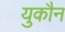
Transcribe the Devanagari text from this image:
युकौन